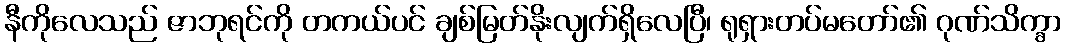
နီကိုလေသည် ဇာဘုရင်ကို တကယ်ပင် ချစ်မြတ်နိုးလျက်ရှိလေပြီ၊ ရုရှားတပ်မတော်၏ ဂုဏ်သိက္ခာ